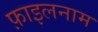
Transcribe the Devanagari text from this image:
फ़ाइलनाम